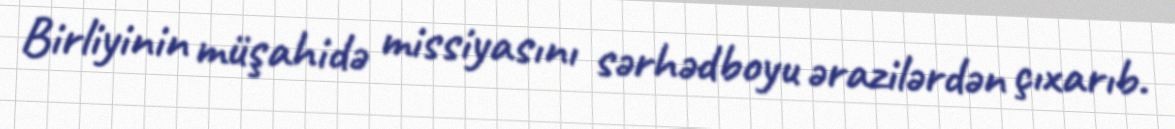
Birliyinin müşahidə missiyasını sərhədboyu ərazilərdən çıxarıb.